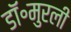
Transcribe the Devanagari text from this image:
डॉ॰मुरली